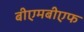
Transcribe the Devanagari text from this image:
बीएमबीएफ